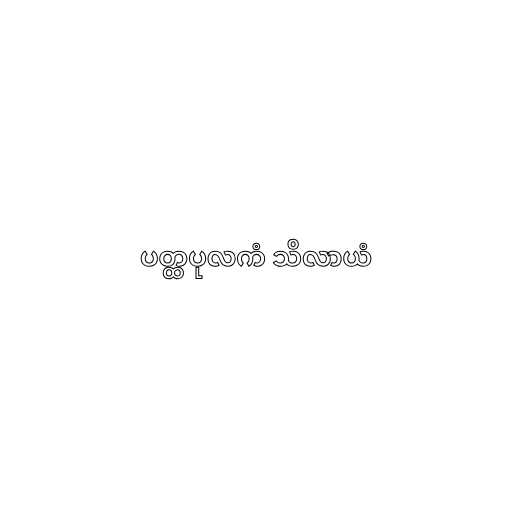
ပတ္ထပုလကံ သိလာယံ